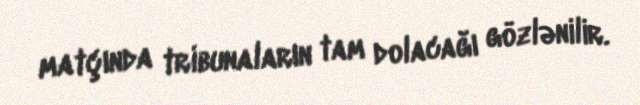
matçında tribunaların tam dolacağı gözlənilir.